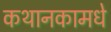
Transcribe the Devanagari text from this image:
कथानकामधे